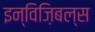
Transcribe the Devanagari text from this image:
इन्विज़िबल्स